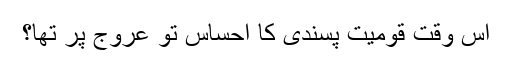
اس وقت قومیت پسندی کا احساس تو عروج پر تھا؟